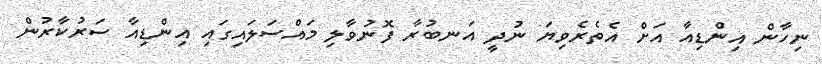
ނިހާން އިންޑިއާ އަށް އެތެރެވިޔަ ނުދީ އަނބުރާ ފޮނުވާލި މައްސަލައިގައި އިންޑިއާ ސަރުކާރުން